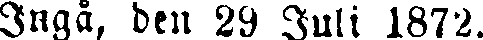
Ingå, den 29 Juli 1872.